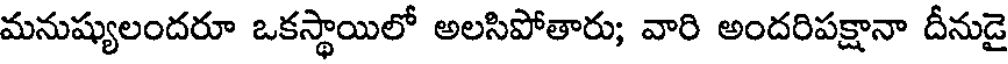
మనుష్యులందరూ ఒకస్థాయిలో అలసిపోతారు; వారి అందరిపక్షానా దీనుడై